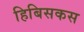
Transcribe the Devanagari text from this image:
हिबिसकस